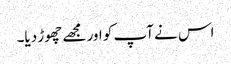
اس نے آپ کو اور مجھے چھوڑ دیا۔